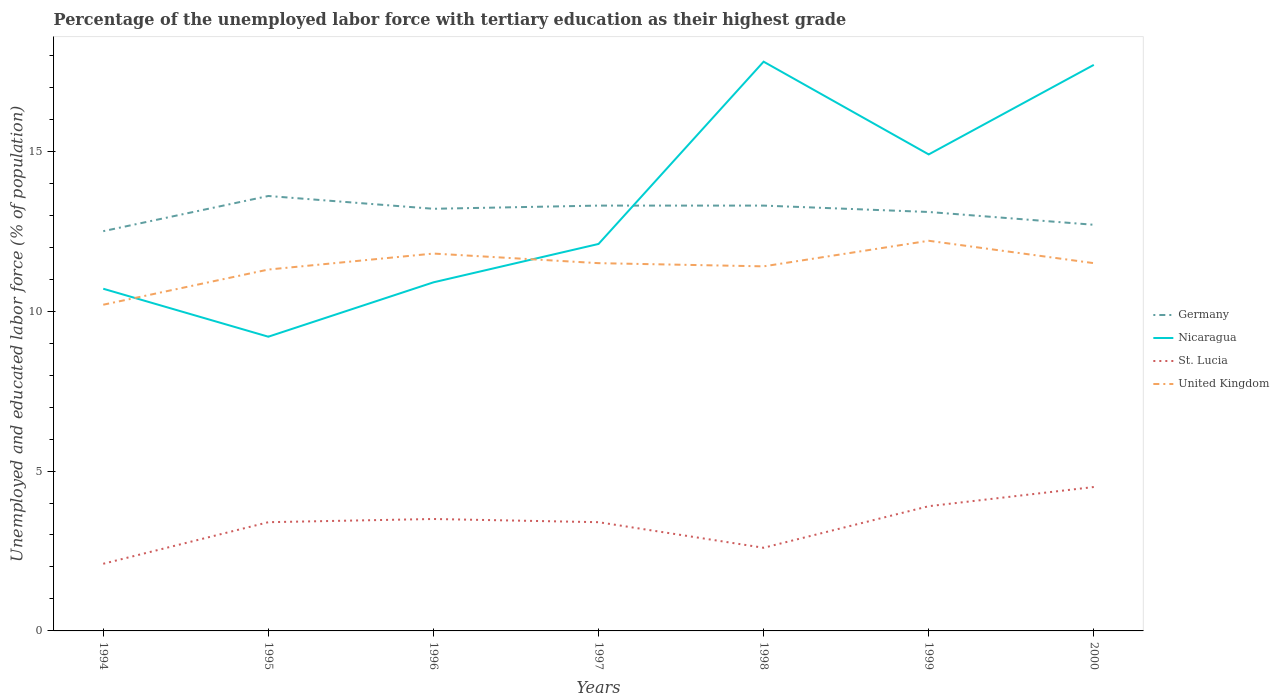
| Years | Germany | Nicaragua | St. Lucia | United Kingdom |
 | --- | --- | --- | --- | --- |
 | 1994 | 12.5 | 10.7 | 2.1 | 10.2 |
 | 1995 | 13.6 | 9.2 | 3.4 | 11.3 |
 | 1996 | 13.2 | 10.9 | 3.5 | 11.8 |
 | 1997 | 13.3 | 12.1 | 3.4 | 11.5 |
 | 1998 | 13.3 | 17.8 | 2.6 | 11.4 |
 | 1999 | 13.1 | 14.9 | 3.9 | 12.2 |
 | 2000 | 12.7 | 17.7 | 4.5 | 11.5 |